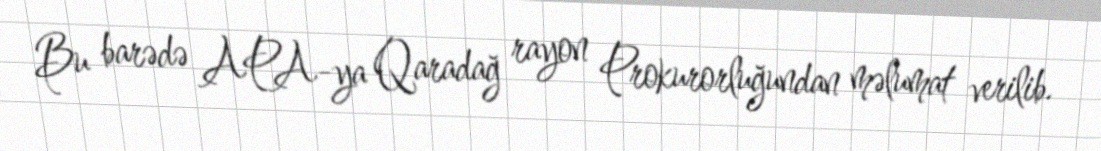
Bu barədə APA-ya Qaradağ rayon Prokurorluğundan məlumat verilib.